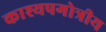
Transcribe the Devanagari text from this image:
काश्यपगोत्रीय